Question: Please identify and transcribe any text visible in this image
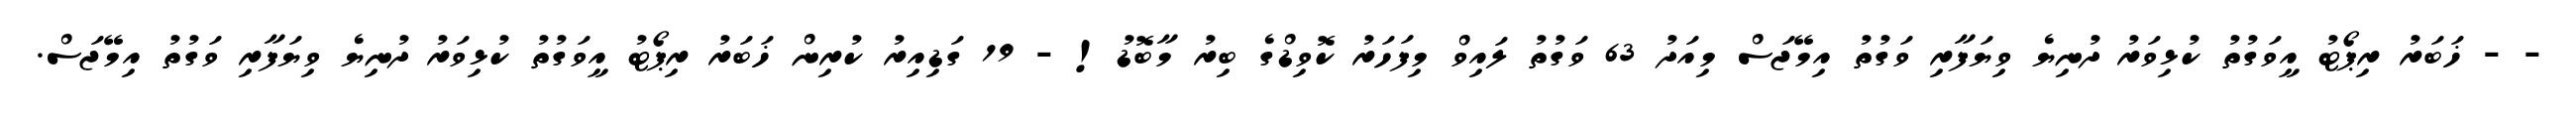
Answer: - - ޚަބަރު ރިޕޯޓު އީވަގުތު ކުޅިވަރު ދުނިޔެ ވިޔަފާރި ވަގުތު އިމޭޖަސް މިއަދު 63 ވަގުތު ލައިވް މިފަހަރު ކޮވިޑްގެ ބިރު މާބޮޑު! - 19 ގަޑިއިރު ކުރިން ޚަބަރު ރިޕޯޓު އީވަގުތު ކުޅިވަރު ދުނިޔެ ވިޔަފާރި ވަގުތު އިމޭޖަސް.